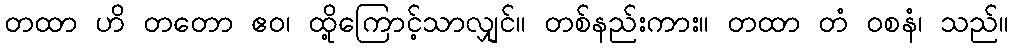
တထာ ဟိ တတော ဧဝ၊ ထို့ကြောင့်သာလျှင်။ တစ်နည်းကား။ တထာ တံ ဝစနံ၊ သည်။